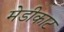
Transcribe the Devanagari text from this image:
मेडीकाट